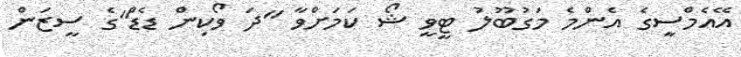
އޭއެމްސީގެ އެންމެ މަގުބޫލު ޓީވީ ޝޯ ކަމަށްވާ "ދަ ވޯކިން ޑެޑް"ގެ ސީޒަން